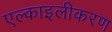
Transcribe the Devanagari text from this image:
एल्काइलीकरण